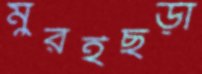
মুরইছড়া